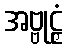
အဗ္ဗုဠှံ